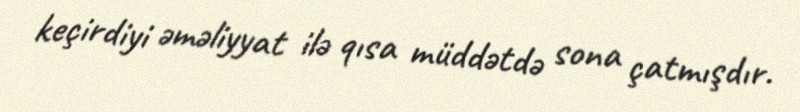
keçirdiyi əməliyyat ilə qısa müddətdə sona çatmışdır.